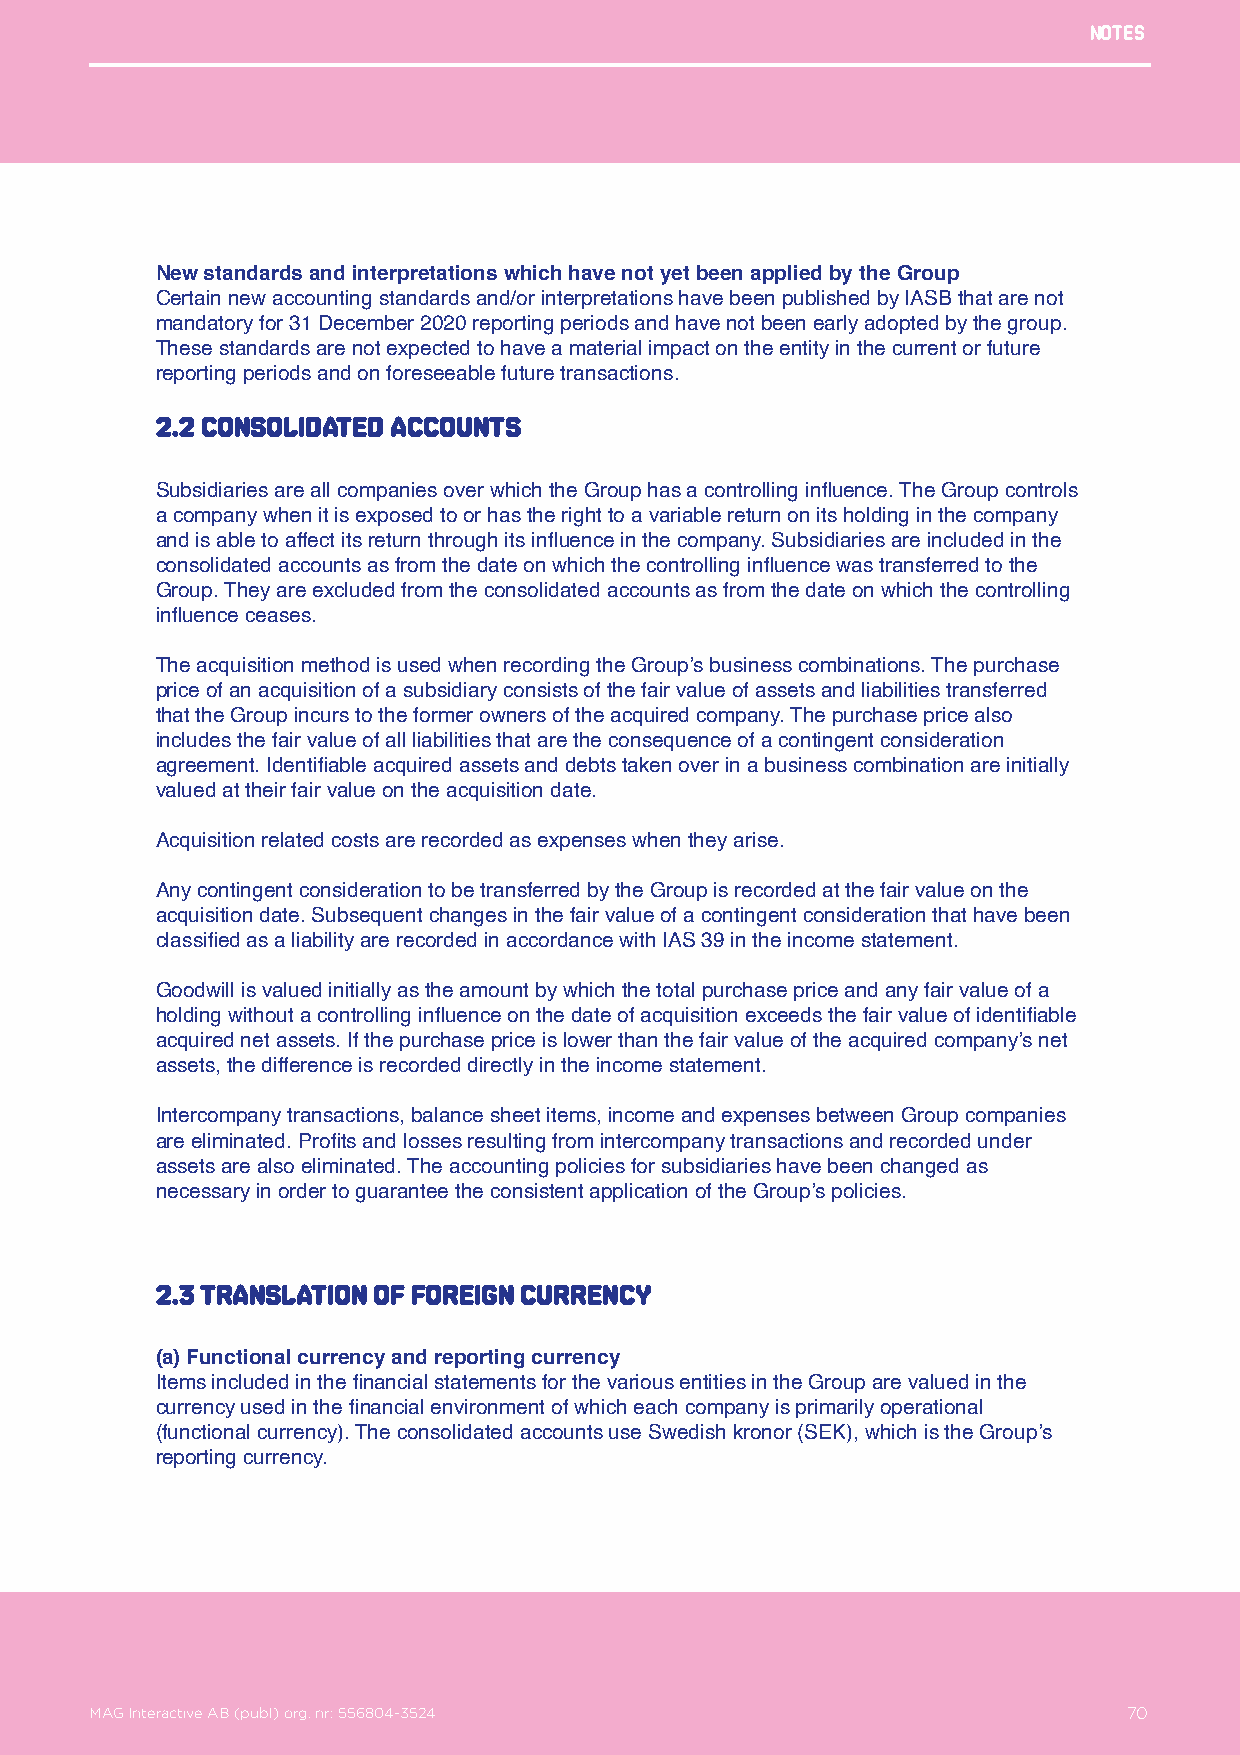
Notes
 New standards and interpretations which have not yet been applied by the Group
 Certain new accounting standards and/or interpretations have been published by IASB that are not
 mandatory for 31 December 2020 reporting periods and have not been early adopted by the group.
 These standards are not expected to have a material impact on the entity in the current or future
 reporting periods and on foreseeable future transactions.
 2.2 consolidated accounts
 Subsidiaries are all companies over which the Group has a controlling influence. The Group controls
 a company when it is exposed to or has the right to a variable return on its holding in the company
 and is able to affect its return through its influence in the company. Subsidiaries are included in the
 consolidated accounts as from the date on which the controlling influence was transferred to the
 Group. They are excluded from the consolidated accounts as from the date on which the controlling
 influence ceases.
 The acquisition method is used when recording the Group’s business combinations. The purchase
 price of an acquisition of a subsidiary consists of the fair value of assets and liabilities transferred
 that the Group incurs to the former owners of the acquired company. The purchase price also
 includes the fair value of all liabilities that are the consequence of a contingent consideration
 agreement. Identifiable acquired assets and debts taken over in a business combination are initially
 valued at their fair value on the acquisition date.
 Acquisition related costs are recorded as expenses when they arise.
 Any contingent consideration to be transferred by the Group is recorded at the fair value on the
 acquisition date. Subsequent changes in the fair value of a contingent consideration that have been
 classified as a liability are recorded in accordance with IAS 39 in the income statement.
 Goodwill is valued initially as the amount by which the total purchase price and any fair value of a
 holding without a controlling influence on the date of acquisition exceeds the fair value of identifiable
 acquired net assets. If the purchase price is lower than the fair value of the acquired company’s net
 assets, the difference is recorded directly in the income statement.
 Intercompany transactions, balance sheet items, income and expenses between Group companies
 are eliminated. Profits and losses resulting from intercompany transactions and recorded under
 assets are also eliminated. The accounting policies for subsidiaries have been changed as
 necessary in order to guarantee the consistent application of the Group’s policies.
 2.3 Translation of foreign currency
 (a) Functional currency and reporting currency
 Items included in the financial statements for the various entities in the Group are valued in the
 currency used in the financial environment of which each company is primarily operational
 (functional currency). The consolidated accounts use Swedish kronor (SEK), which is the Group’s
 reporting currency.
 MAG Interactive AB (publ) org. nr: 556804-3524                   70
 MAG Interactive AB (publ) org. nr: 556804-3524                       70